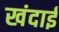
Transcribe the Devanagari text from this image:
खंदाई